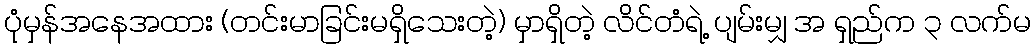
ပုံမှန်အနေအထား (တင်းမာခြင်းမရှိသေးတဲ့) မှာရှိတဲ့ လိင်တံရဲ့ ပျမ်းမျှ အ ရှည်က ၃ လက်မ